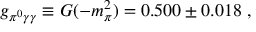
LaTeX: g _ { \pi ^ { 0 } \gamma \gamma } \equiv G ( - m _ { \pi } ^ { 2 } ) = 0 . 5 0 0 \pm 0 . 0 1 8 ~ ,